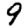
Digit: 9